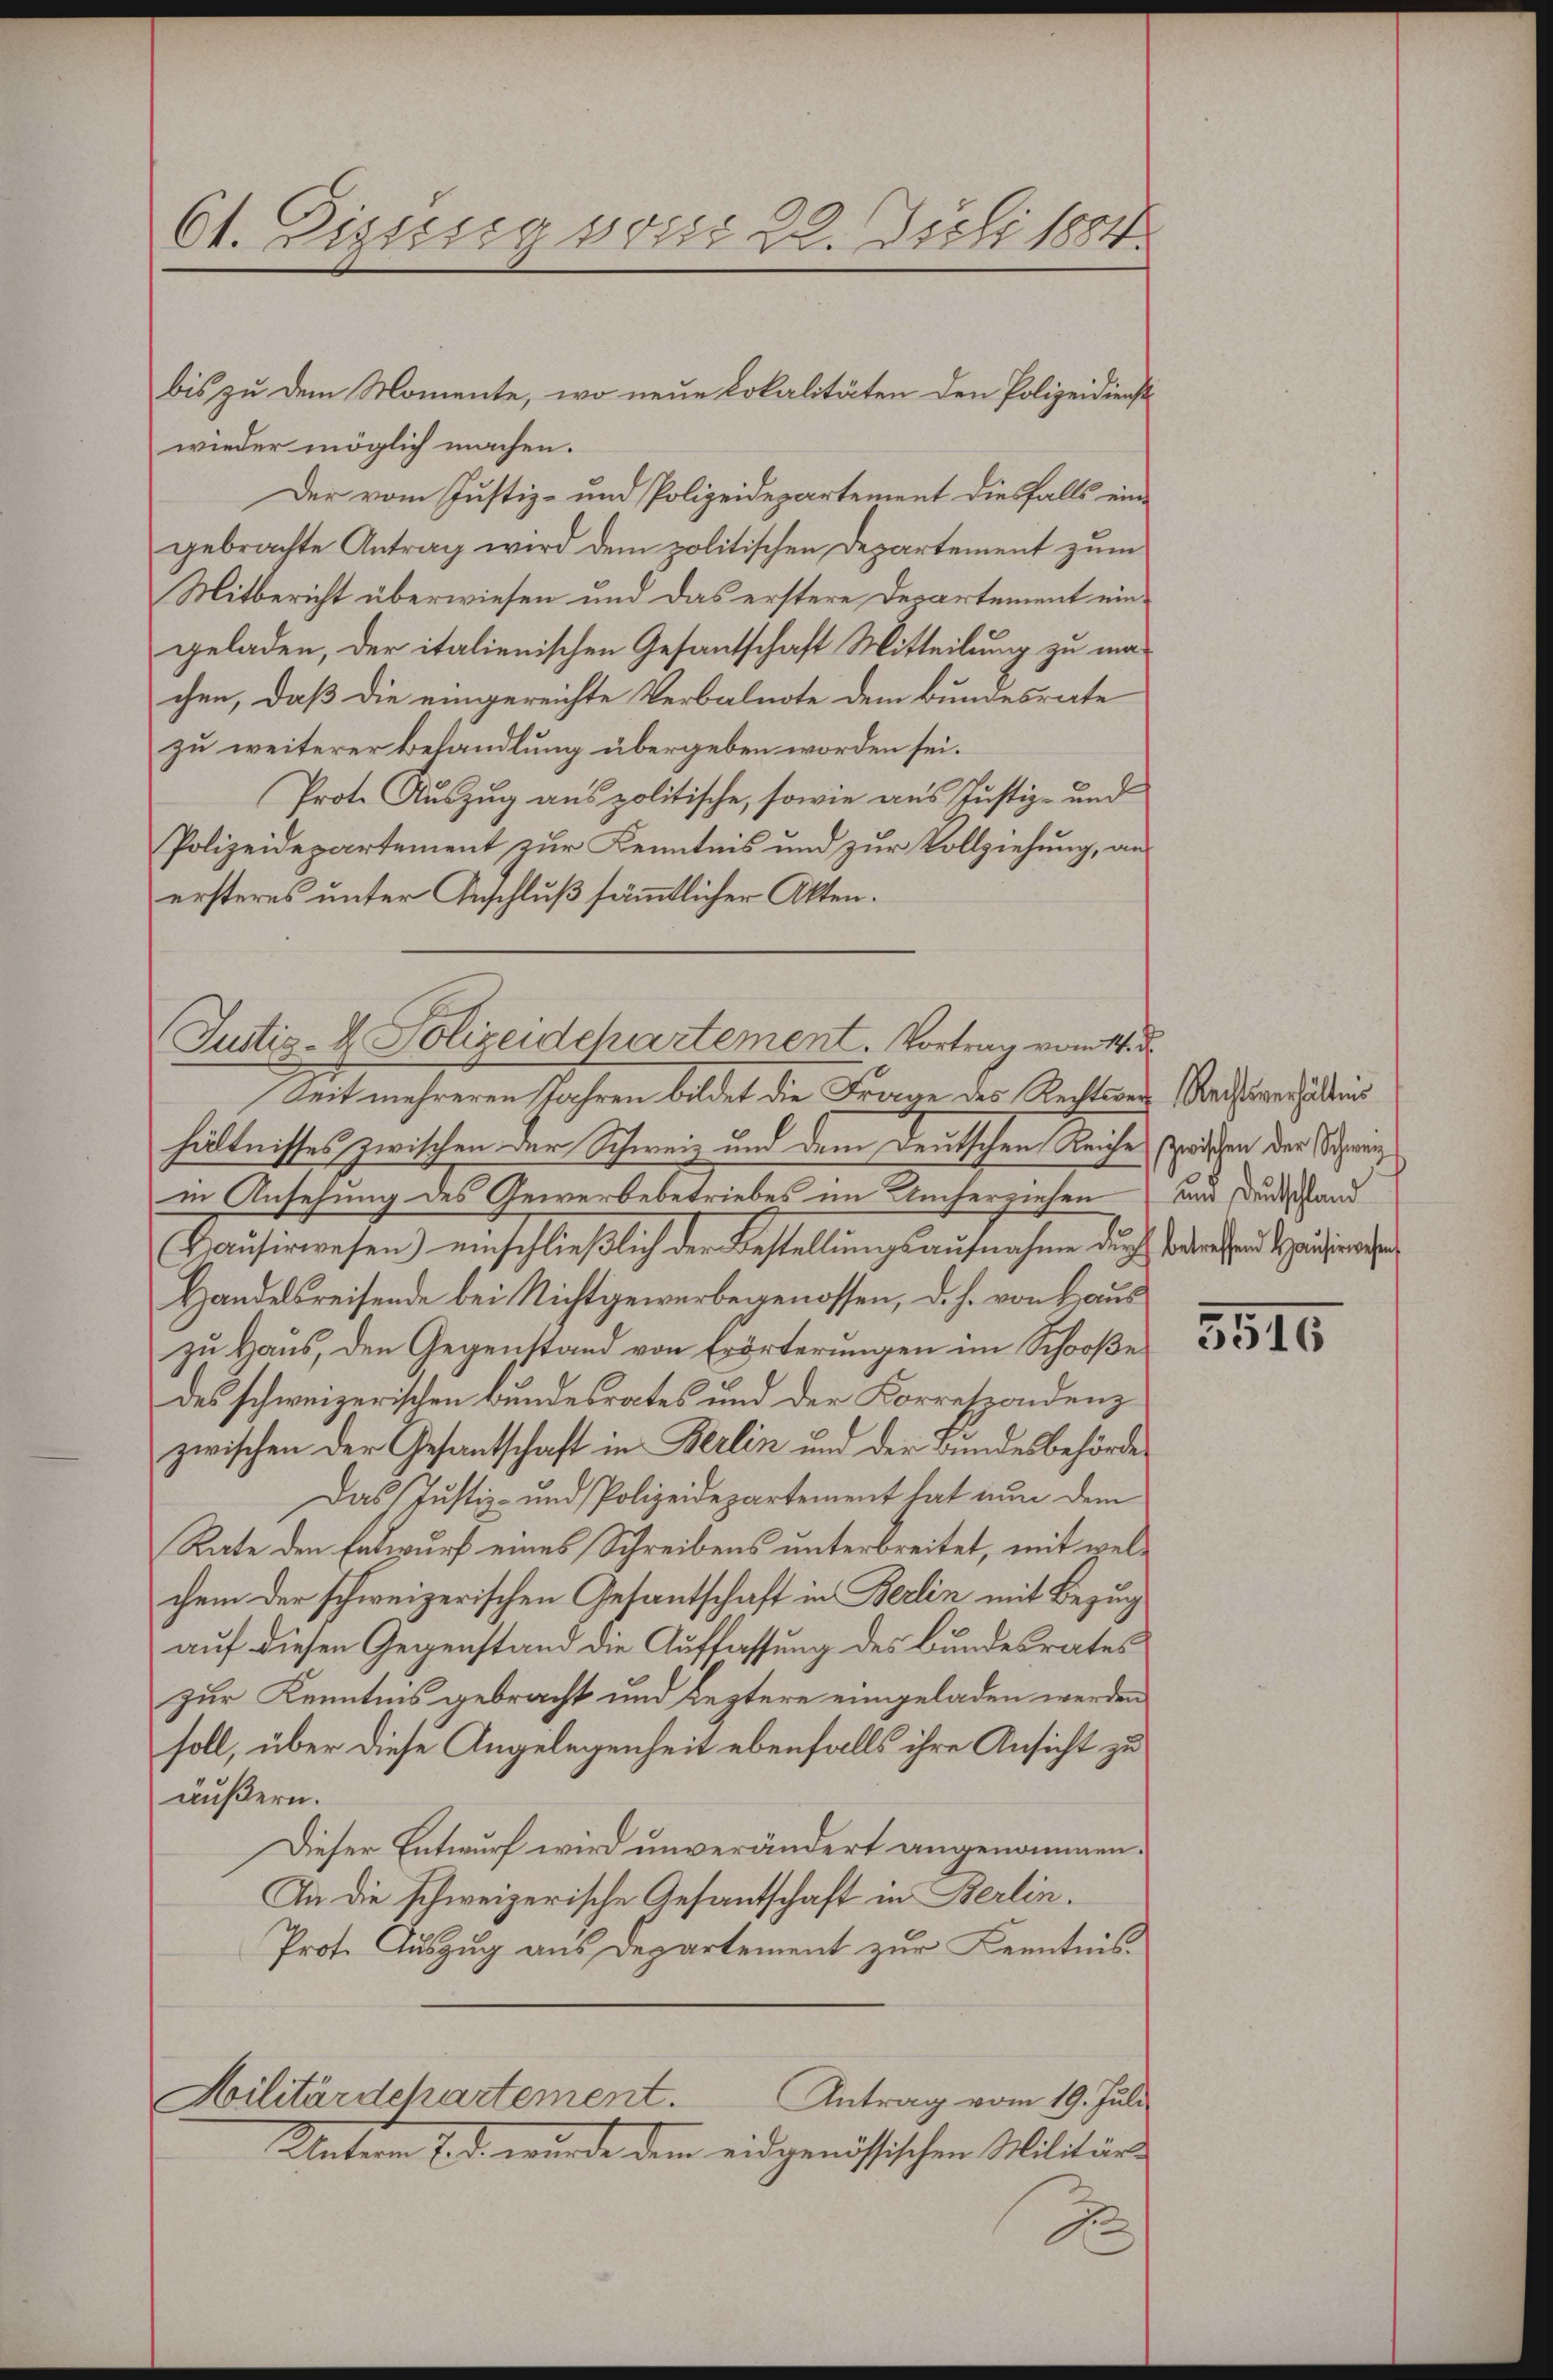
Ct. Disseg vom 22. Juli 1884.

bis zu dem Momente, wo neue Lokalitäten den Polizeidienst
wieder möglich machen.
Der vom Justiz- und Polizeidepartement diesfalls eingebrachte Antrag wird dem politischen Departement zum
Mitbericht überwiesen und das erstere Departement eingeladen, der italienischen Gesantschaft Mitteilung zu machen, daß die eingereichte Verbalnote dem Bundesrate
zu weiterer Behandlung übergeben worden sei.
Prot. Auszug aus politische, sowie aus Justiz- und
Polizeidepartement zur Kenntnis und zur Vollziehung, ans
ersteres unter Anschluß sämmtlicher Akten.
Zeit mehreren Jahren bildet die Frage des Rechtsversachverhältnis
hältnisses zwischen der Schweiz und dem Deutschen Reiche sprichen der Spring
in Ansehung des Gewerbebetriebes im Umherziehen und Dunkland
Hausirwesen) einschlieβlich der Bestellŭngsaŭfnahme dŭrch oder an Hausire
Handelsreisende bei Nichtgewerbe genossen, d. h. von Haus
zu Haus, den Gegenstand von Erörterungen im Schooße
des schweizerischen Bundesrates und der Korrespondenz
zwischen der Gesantschaft in Berlin und der Bundesbehörde
Das Justiz- und Polizeidepartement hat nun dem
Rate den Entwurf eines Schreibens unterbreitet, mit welchem der schweizerischen Gesantschaft in Berlin mit Bezug
auf diesen Gegenstand die Auffassung des Bundesrates
zur Kenntnis gebracht und Leztere eingeladen werden
soll, über diese Angelegenheit ebenfalls ihre Ansicht zu
äußern.
Dieser Entwurf wird unverändert angenommen.
In die schweizerische Gesantschaft in Berlin.
Prot. Aŭszŭg ans Departement zŭr Kenntnis-
Hilitärdepartement.
Antrag vom 19. Juli
Unterm 1. d. wurde dem eidgenössischen Militär-
d

Justiz- & Polizeidchartement. Vortrag vom 4te

5515